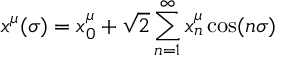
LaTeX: x ^ { \mu } ( \sigma ) = x _ { 0 } ^ { \mu } + \sqrt { 2 } \sum _ { n = 1 } ^ { \infty } x _ { n } ^ { \mu } \cos ( n \sigma )